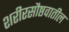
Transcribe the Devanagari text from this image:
शरीरसौष्ठवातील